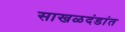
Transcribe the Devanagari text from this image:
साखळदंडांत